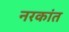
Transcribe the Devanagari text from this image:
नरकांत